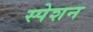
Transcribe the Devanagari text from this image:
स्पेशन